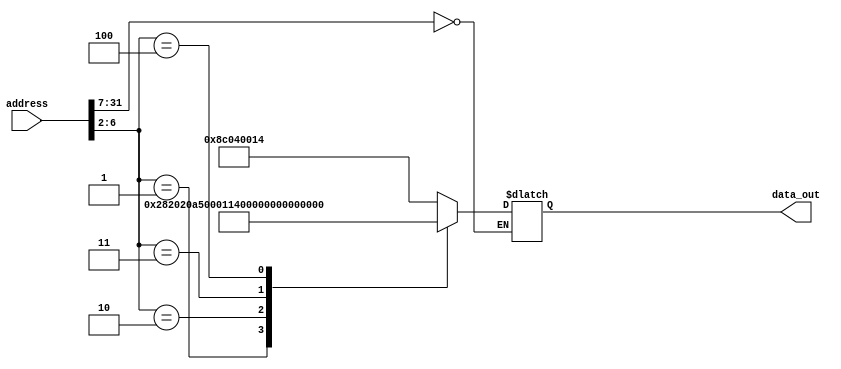
module rom32(address, data_out);
  input  [31:0] address;
  output [31:0] data_out;
  reg    [31:0] data_out;
  parameter BASE_ADDRESS = 25'd0; // address that applies to this memory
  wire [4:0] mem_offset;
  wire address_select;
  assign mem_offset = address[6:2];  // drop 2 LSBs to get word offset
  assign address_select = (address[31:7] == BASE_ADDRESS);  // address decoding
  always @(address_select or mem_offset)
  begin
    if ((address % 4) != 0) $display($time, " rom32 error: unaligned address %d", address);
    if (address_select == 1)
    begin
      case (mem_offset)
          /*
          5'd0 : data_out = { 6'd35, 5'd0, 5'd2, 16'd4 };              // lw $2, 4($0)    r2=0
          5'd1 : data_out = { 6'd35, 5'd0, 5'd3, 16'd8 };              // lw $3, 8($0)    r3=2
          5'd2 : data_out = { 6'd35, 5'd0, 5'd4, 16'd20 };             // lw $4, 20($0)  r4=5
          5'd3 : data_out = { 6'd0, 5'd0, 5'd0, 5'd5, 5'd0, 6'd32 };   // add $5, $0, $0  r5=0
          5'd4 : data_out = { 6'd0, 5'd5, 5'd2, 5'd5, 5'd0, 6'd32 };   // add $5, $5, $1  r5 = r5 + 1
          5'd5 : data_out = { 6'd0, 5'd4, 5'd5, 5'd6, 5'd0, 6'd42 };   // slt $6, $4, $5  is $5 > $4?
          5'd6 : data_out = { 6'd4, 5'd6, 5'd0, -16'd3 };              // beq $6, $zero, -3  if not, go back 2
          5'd7 : data_out = { 6'd43, 5'd0, 5'd5, 16'd0 };              // MEM[0] = $5
          5'd8 : data_out = { 6'd8, 5'd2, 5'd2,  16'd04 };             // addi $2 = $2 + 4  = 4
          5'd9 : data_out = { 6'd5, 5'd2, 5'd3, -16'd3 };              // bne $2 != $3 goto -3
          5'd10 : data_out = { 6'd2 , 26'd2 };                         // j jump to location 2
          */
          5'd0 : data_out =  { 6'd35, 5'd0, 5'd4, 16'd20 };             //lw    $4, 20($0) 4 = 5
          5'd1 : data_out =  { 6'd0,  5'd0, 5'd0, 5'd5, 5'd0, 6'd32 };  //add   $5, $0, $0
          5'd2 : data_out =  { 6'd8,  5'd5, 5'd5, 16'd1 };              //addi  $5, $5, 1
          5'd3 : data_out =  { 6'd5,  5'd5, 5'd4,-16'd2 };              //bne   $5, $4, -2
          5'd4 : data_out =  { 6'd2 , 26'd1 };                          //j     1
          default data_out = 32'hxxxx;
      endcase
      $display($time, " reading data: rom32[%h] => %h", address, data_out);
    end
  end
endmodule